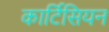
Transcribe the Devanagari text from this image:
कार्टिसियन